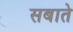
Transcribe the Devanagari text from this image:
सबाते